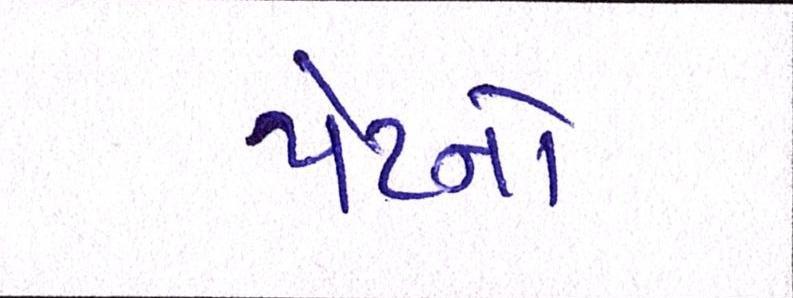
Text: પેટનો